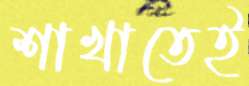
শাখাতেই